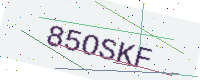
Text: 85OSKF